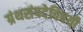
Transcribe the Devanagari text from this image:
ग्रंथसंपदेविषयी